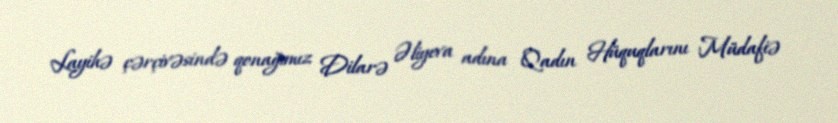
Layihə çərçivəsində qonağımız Dilarə Əliyeva adına Qadın Hüquqlarını Müdafiə